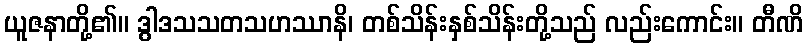
ယူဇနာတို့၏။ ဒွါဒသသတသဟဿာနိ၊ တစ်သိန်းနှစ်သိန်းတို့သည် လည်းကောင်း။ တီဏိ